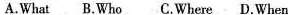
A.What B.Who C.Where D.When